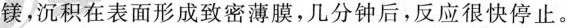
镁，沉积在表面形成致密薄膜，几分钟后，反应很快停止。